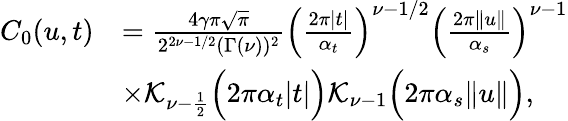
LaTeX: \begin{array}{rl}{C_{0}(u,t)}&{=\frac{4\gamma\pi\sqrt\pi}{2^{2\nu-1/2}(\Gamma(\nu))^{2}}\Big(\frac{2\pi\lvert t\rvert}{\alpha_{t}}\Big)^{\nu-1/2}\Big(\frac{2\pi\| u\| }{\alpha_{s}}\Big)^{\nu-1}}\\ &{\times\mathcal{K}_{\nu-\frac{1}{2}}\Big(2\pi\alpha_{t}\lvert t\rvert\Big)\mathcal{K}_{\nu-1}\Big(2\pi\alpha_{s}\| u\| \Big),}\end{array}